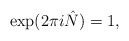
\begin{align*}\exp( 2 \pi i \hat{N} ) = 1,\end{align*}